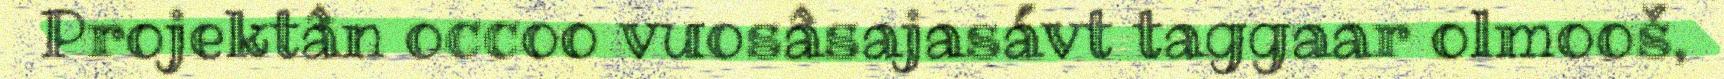
Projektân occoo vuosâsajasávt taggaar olmooš,